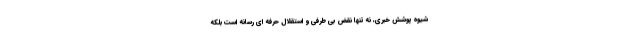
شیوه پوشش خبری، نه تنها نقض بی طرفی و استقلال حرفه ای رسانه است بلکه